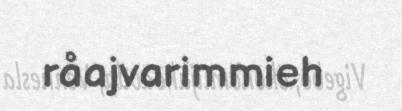
råajvarimmieh